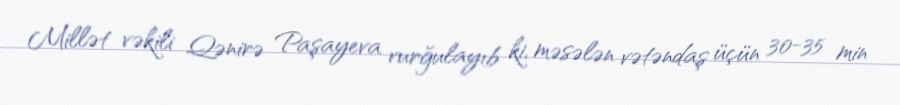
Millət vəkili Qənirə Paşayeva vurğulayıb ki, məsələn vətəndaş üçün 30-35 min